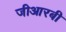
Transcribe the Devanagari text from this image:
जीआरबी